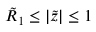
\tilde { R } _ { 1 } \leq | \tilde { z } | \leq 1